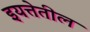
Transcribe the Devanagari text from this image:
इयत्तेतील